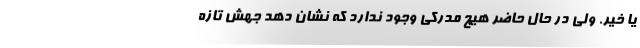
یا خیر. ولی در حال حاضر هیچ مدرکی وجود ندارد که نشان دهد جهش تازه